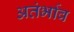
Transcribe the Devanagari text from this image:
अतंर्भाव